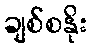
ချစ်စနိုး